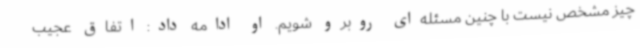
چیز مشخص نیست با چنین مسئله‌ای روبرو شویم. او ادامه داد: اتفاق عجیب